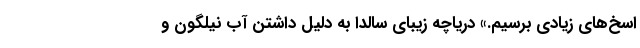
اسخ‌های زیادی برسیم.» دریاچه زیبای سالدا به دلیل داشتن آب نیلگون و